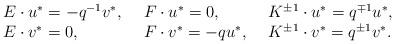
LaTeX: \begin{align*}\begin{array}{lll}E\cdot u^* = -q^{-1}v^*, ~&F \cdot u^*=0, ~& K^{\pm 1} \cdot u^* = q^{\mp 1} u^*,\\E\cdot v^*=0, ~&F\cdot v^* = -qu^*, ~& K^{\pm 1} \cdot v^* = q^{\pm 1} v^*.\end{array}\end{align*}